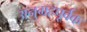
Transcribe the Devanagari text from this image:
अनुग्रहपूर्वक